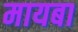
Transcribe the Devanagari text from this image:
मायबा